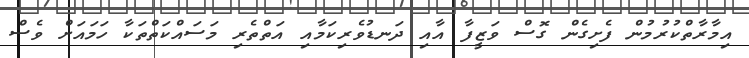
އިމާރާތްކުރުމުން ފެށިގެން ގޮސް ވަޒީފާ އާއި ދަނޑުވެރިކަމާއި އަތްތެރި މަސައްކަތްތަކާ ހަމައަށް ވެސް